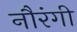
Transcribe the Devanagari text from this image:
नौरंगी